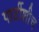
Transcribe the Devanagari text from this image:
पार्टीशीच